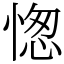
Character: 愡